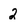
Character: 2